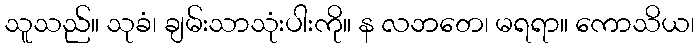
သူသည်။ သုခံ၊ ချမ်းသာသုံးပါးကို။ န လဘတေ၊ မရရာ။ ကောသိယ၊